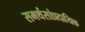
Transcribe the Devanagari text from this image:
समर्थसांप्रदायिक